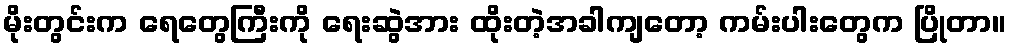
မိုးတွင်းက ရေတွေကြီးကို ရေးဆွဲအား ထိုးတဲ့အခါကျတော့ ကမ်းပါးတွေက ပြိုတာ။